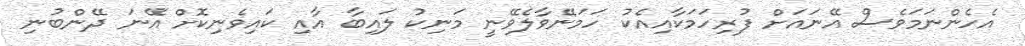
އެހެންނަމަވެސް އޭނައަށް ފުރިހަމަކާއިއެކު ހަމަނޭވާލެވޭނީ މަނިކު ލައިބާ އާއި ކައިވެނިކޮށް އޭނަ ދޭންބުނި